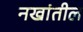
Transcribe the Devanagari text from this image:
नखांतील